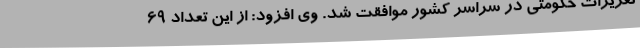
تعزیرات حکومتی در سراسر کشور موافقت شد. وی افزود: از این تعداد 69